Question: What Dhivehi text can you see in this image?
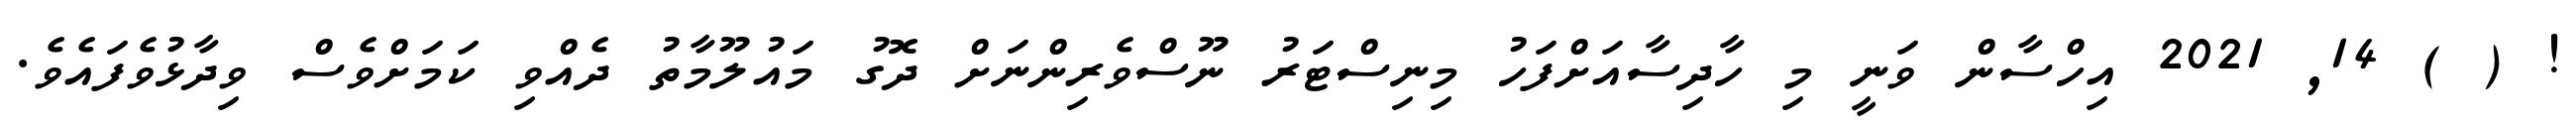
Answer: ! ( ) 14, 2021 އިހްސާން ވަނީ މި ހާދިސާއަށްފަހު މިނިސްޓަރު ނޫސްވެރިންނަށް ދޮގު މައުލޫމާތު ދެއްވި ކަމަށްވެސް ވިދާޅުވެފައެވެ.